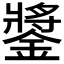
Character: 𨫥